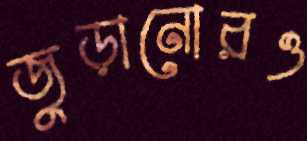
জুড়ানোরও